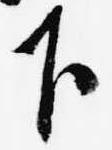
下